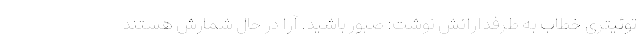
توئیتری خطاب به طرفدارانش نوشت: صبور باشید. آرا در حال شمارش هستند